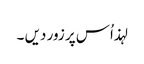
لہذ اُس پر زور دیں ۔